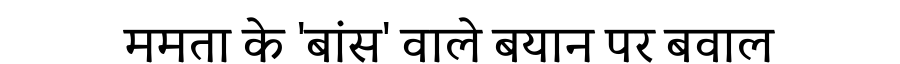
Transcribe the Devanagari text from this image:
ममता के 'बांस' वाले बयान पर बवाल